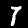
Label: 7